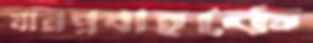
যানপ্রবাহকে